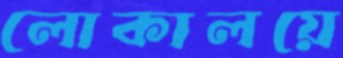
লোকালয়ে